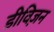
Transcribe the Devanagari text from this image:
डीविज़न